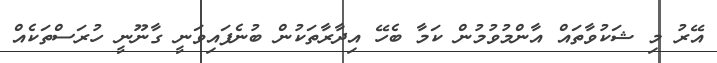
އޭރު މި ޝަކުވާތައް އާންމުވުމުން ކަމާ ބެހޭ އިދާރާތަކުން ބުނެފައިވަނީ ގާނޫނީ ހުރަސްތަކެއް